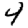
Digit: 4